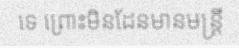
ទេ ព្រោះមិនដែនមានមន្ត្រី